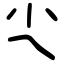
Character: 尐